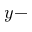
y -